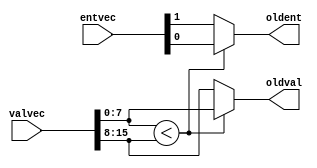
`default_nettype none

module oldest_finder2 #(
			parameter ENTLEN = 1,
			parameter VALLEN = 8
			)
  (
   input wire [2*ENTLEN-1:0] entvec,
   input wire [2*VALLEN-1:0] valvec,
   output wire [ENTLEN-1:0]  oldent,
   output wire [VALLEN-1:0]  oldval
   );
   //VALLEN = RRF_SEL+sortbit+~rdy
   
   wire [ENTLEN-1:0] 	     ent1 = entvec[0+:ENTLEN];
   wire [ENTLEN-1:0] 	     ent2 = entvec[ENTLEN+:ENTLEN];
   wire [VALLEN-1:0] 	     val1 = valvec[0+:VALLEN];
   wire [VALLEN-1:0] 	     val2 = valvec[VALLEN+:VALLEN];

   assign oldent = (val1 < val2) ? ent1 : ent2;
   assign oldval = (val1 < val2) ? val1 : val2;

endmodule // oldest_finder2

module oldest_finder4 #(
			parameter ENTLEN = 2,
			parameter VALLEN = 8
			)
   (
    input wire [4*ENTLEN-1:0] entvec,
    input wire [4*VALLEN-1:0] valvec,
    output wire [ENTLEN-1:0]  oldent,
    output wire [VALLEN-1:0]  oldval
   );
   //VALLEN = RRF_SEL+sortbit+~rdy

   wire [ENTLEN-1:0] 	     oldent1;
   wire [ENTLEN-1:0] 	     oldent2;
   wire [VALLEN-1:0] 	     oldval1;
   wire [VALLEN-1:0] 	     oldval2;

   oldest_finder2 #(ENTLEN, VALLEN) of2_1
     (
      .entvec({entvec[ENTLEN+:ENTLEN], entvec[0+:ENTLEN]}),
      .valvec({valvec[VALLEN+:VALLEN], valvec[0+:VALLEN]}),
      .oldent(oldent1),
      .oldval(oldval1)
      );

   oldest_finder2 #(ENTLEN, VALLEN) of2_2
     (
      .entvec({entvec[3*ENTLEN+:ENTLEN], entvec[2*ENTLEN+:ENTLEN]}),
      .valvec({valvec[3*VALLEN+:VALLEN], valvec[2*VALLEN+:VALLEN]}),
      .oldent(oldent2),
      .oldval(oldval2)
      );

   oldest_finder2 #(ENTLEN, VALLEN) ofmas
     (
      .entvec({oldent2, oldent1}),
      .valvec({oldval2, oldval1}),
      .oldent(oldent),
      .oldval(oldval)
      );
   
endmodule // oldest_finder4

module oldest_finder8 #(
			parameter ENTLEN = 3,
			parameter VALLEN = 8
			)
   (
    input wire [8*ENTLEN-1:0] entvec,
    input wire [8*VALLEN-1:0] valvec,
    output wire [ENTLEN-1:0]  oldent,
    output wire [VALLEN-1:0]  oldval
   );
   //VALLEN = RRF_SEL+sortbit+~rdy

   wire [ENTLEN-1:0] 	     oldent1;
   wire [ENTLEN-1:0] 	     oldent2;
   wire [VALLEN-1:0] 	     oldval1;
   wire [VALLEN-1:0] 	     oldval2;
   
   oldest_finder4 #(ENTLEN, VALLEN) of4_1
     (
      .entvec({entvec[3*ENTLEN+:ENTLEN], entvec[2*ENTLEN+:ENTLEN],
	       entvec[ENTLEN+:ENTLEN], entvec[0+:ENTLEN]}),
      .valvec({valvec[3*VALLEN+:VALLEN], valvec[2*VALLEN+:VALLEN],
	       valvec[VALLEN+:VALLEN], valvec[0+:VALLEN]}),
      .oldent(oldent1),
      .oldval(oldval1)
      );

   oldest_finder4 #(ENTLEN, VALLEN) of4_2
     (
      .entvec({entvec[7*ENTLEN+:ENTLEN], entvec[6*ENTLEN+:ENTLEN],
	       entvec[5*ENTLEN+:ENTLEN], entvec[4*ENTLEN+:ENTLEN]}),
      .valvec({valvec[7*VALLEN+:VALLEN], valvec[6*VALLEN+:VALLEN],
	       valvec[5*VALLEN+:VALLEN], valvec[4*VALLEN+:VALLEN]}),
      .oldent(oldent2),
      .oldval(oldval2)
      );

   oldest_finder2 #(ENTLEN, VALLEN) ofmas
     (
      .entvec({oldent2, oldent1}),
      .valvec({oldval2, oldval1}),
      .oldent(oldent),
      .oldval(oldval)
      );
   
endmodule // oldest_finder8

`default_nettype wire